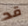
قد